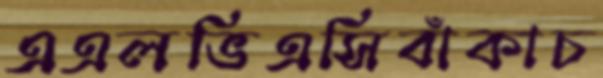
এএলভিএসিবাঁকাচ